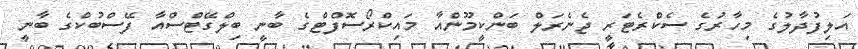
އަލިފުދާލުގެ މިހާރުގެ ސެކްރެޓަރީ ޖެނެރަލް ބަންކީމޫންއާ މައިކްރޯސޮފްޓްގެ ބާނީ ބިލްގޭޓްސްއާ ފޭސްބުކްގެ ބާނީ